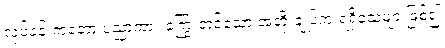
လုပ်ငန်းကတော့ ပညာကား ကြွေးတင်သော အဘိုးချုပ်က ရရှိခဲ့သူများဖြစ်၍